Riigikantselei, lk 22
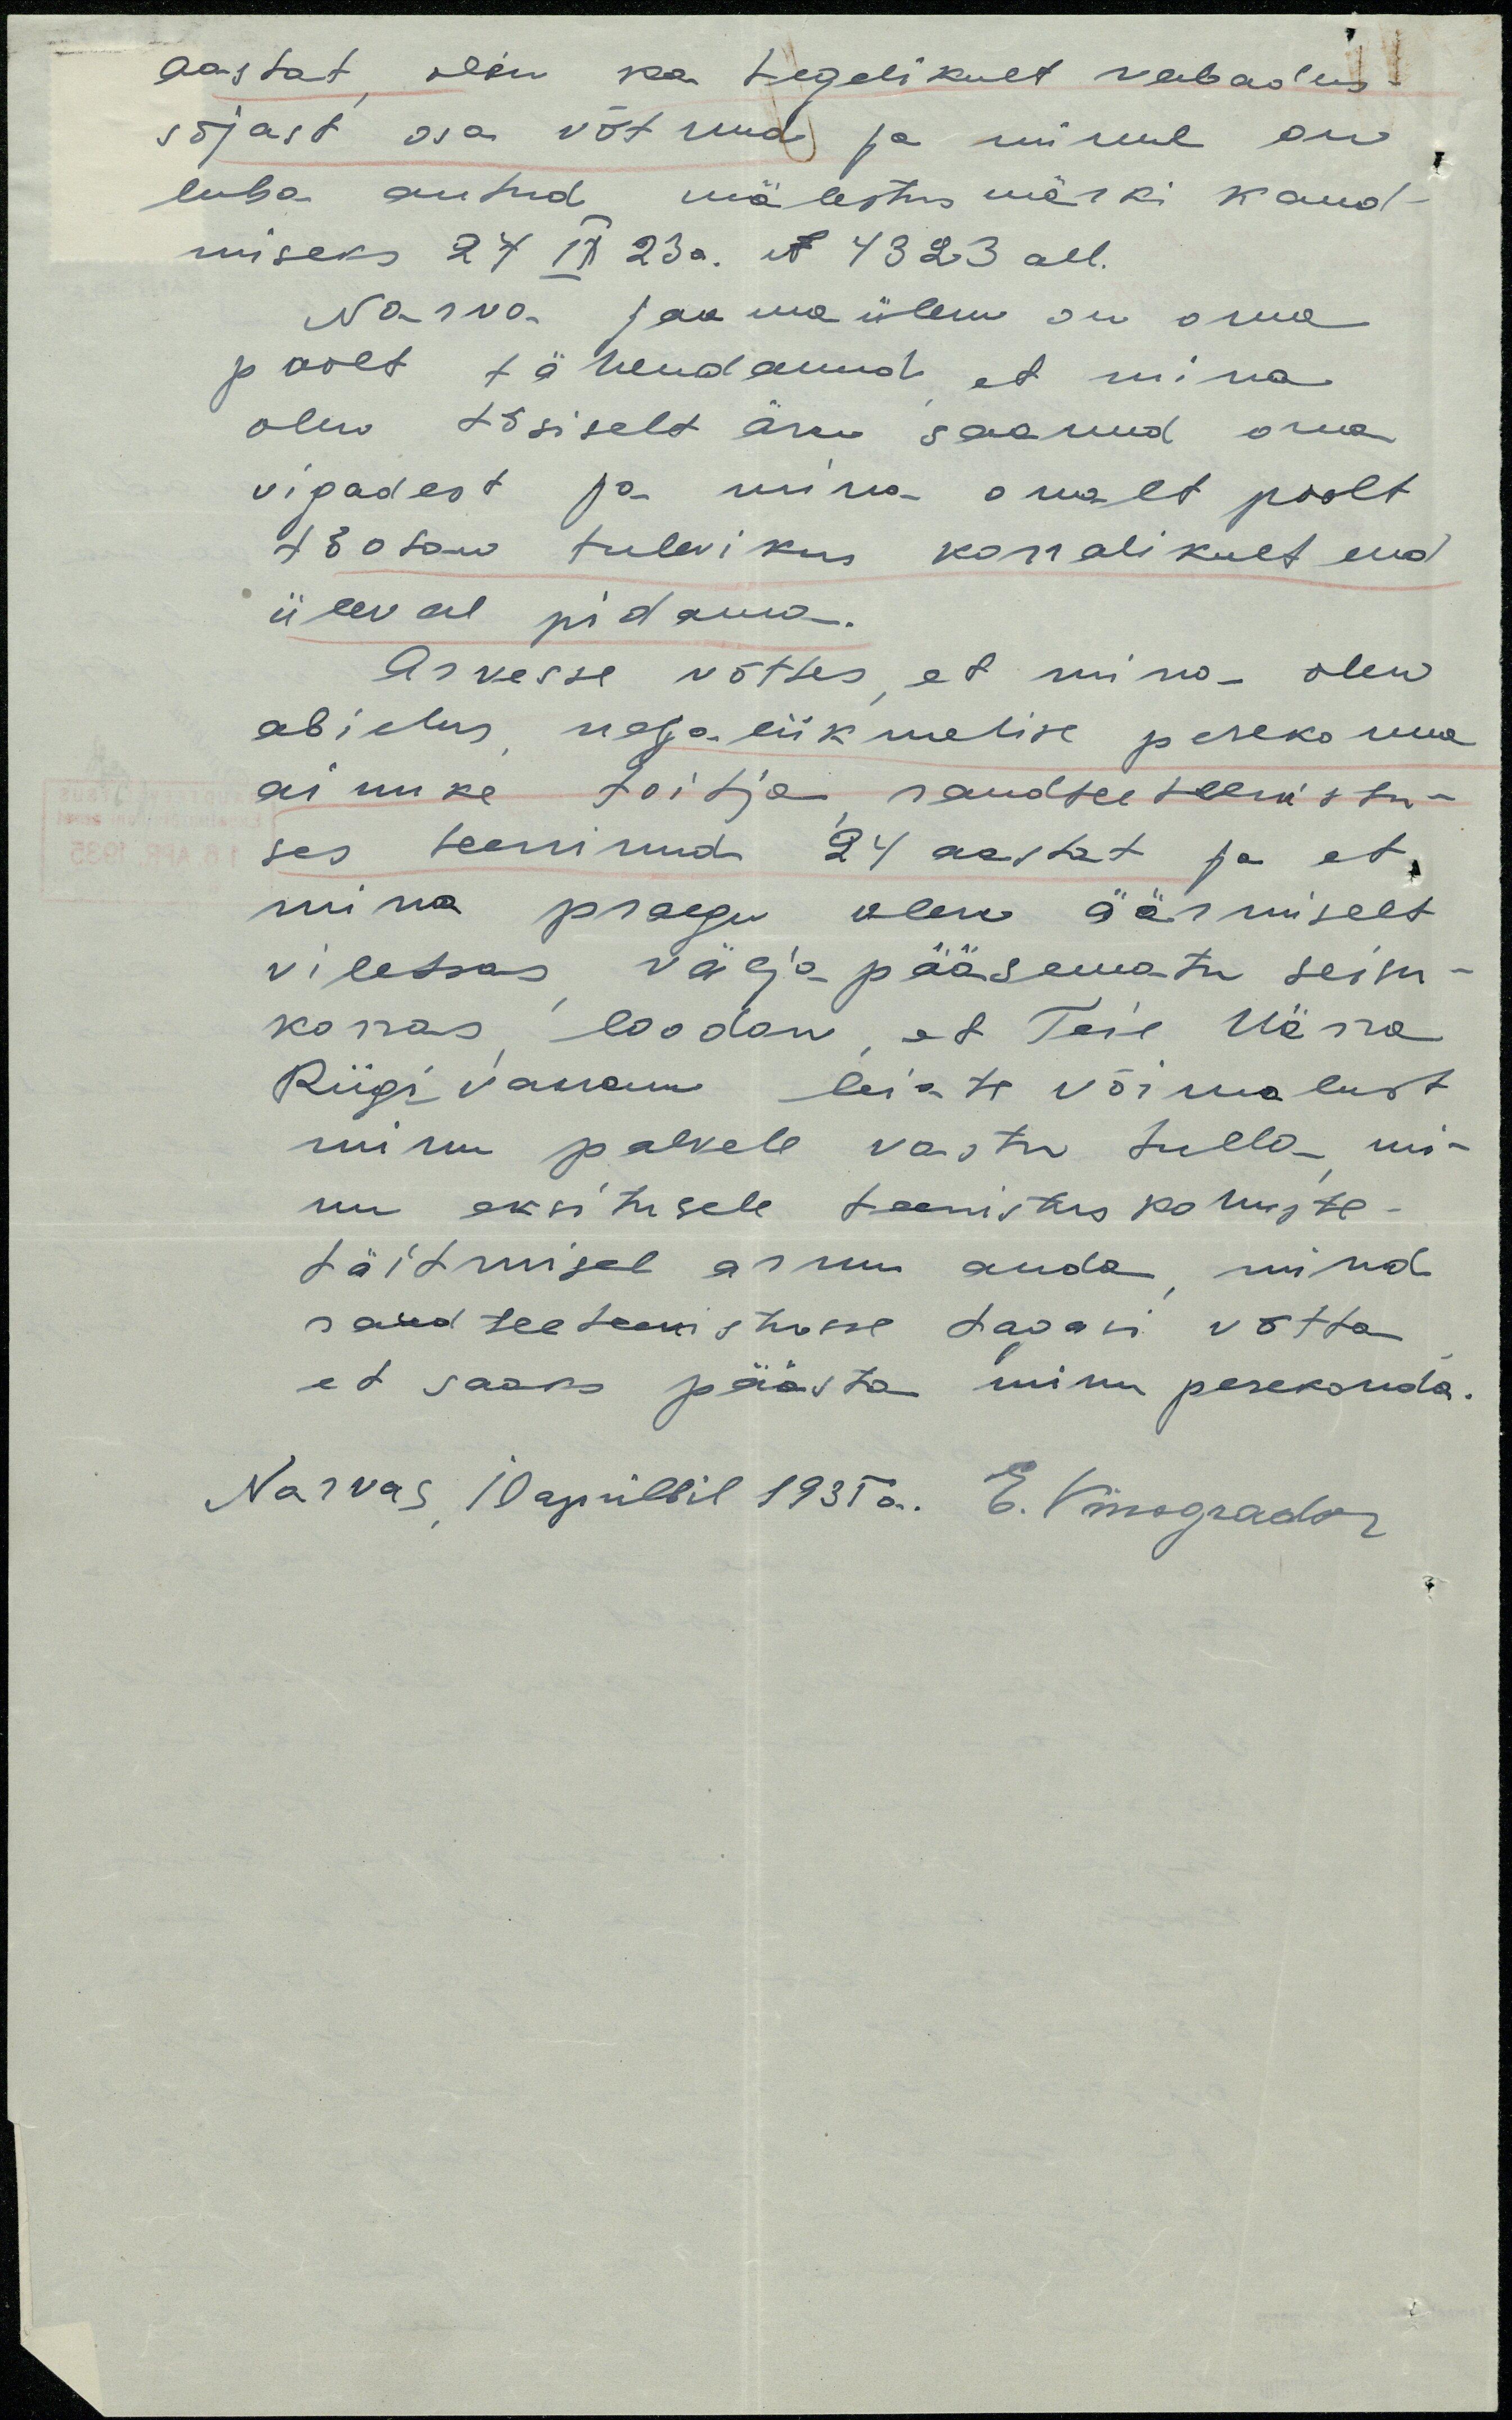
aastat, olen ka tegelikult vabadus-
sõjast osa võtnud ja minul on
luba antud mälestus märki kand-
miseks 27 IX 23 a. N 4323 all.
Narva jaamaülem on oma
poolt tähendanud, et mina
olen tõsiselt aru saanud oma
vigadest ja mina omalt poolt
tõotan tulevikus korralikult end
üleval pidama.
Arvesse võttes, et mina olen
abielus, neljaliikmelise perekonna
ainuke toitja raudteeteenistu-
ses teeninud 24 aastat ja et
mina praegu olen äärmiselt
viletsas väljapääsematu seisu-
korras, loodan, et Teie Härra
Riigivanem leiate võimalust
minu palvele vastu tulla - mi-
nu eksitusele teenistus kohuste -
täitmisel armu anda, mind
raudteeteenistusse tagasi võtta
et saaks päästa minu perekonda.
Narvas, 10 aprillil 1935 a. E. Vinogradov